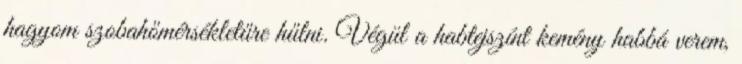
hagyom szobahőmérsékletűre hűlni. Végül a habtejszínt kemény habbá verem,